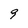
Character: 9